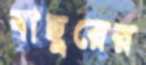
বাছুরের